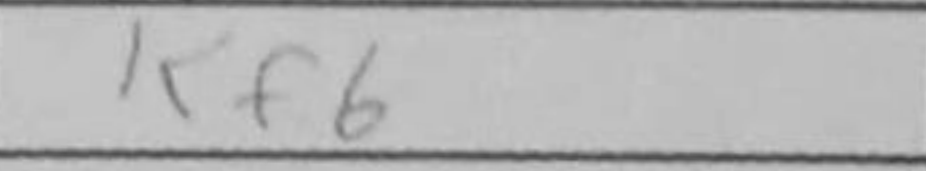
Transcription: Kf6